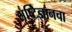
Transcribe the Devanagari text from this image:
सृष्टिज्ञानचा